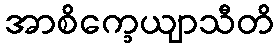
အာစိက္ခေယျာသီတိ